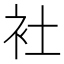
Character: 𬡃